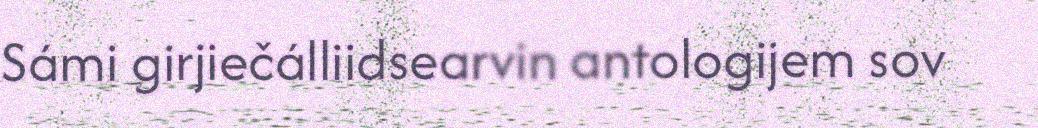
Sámi girjiečálliidsearvin antologijem sov